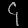
Digit: ၄